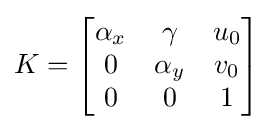
K={\begin{bmatrix}\alpha _{x}&\gamma &u_{0}\\0&\alpha _{y}&v_{0}\\0&0&1\end{bmatrix}}